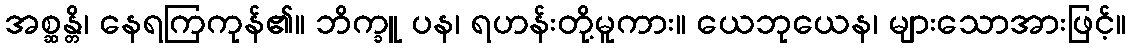
အစ္ဆန္တိ၊ နေရကြကုန်၏။ ဘိက္ခူ ပန၊ ရဟန်းတို့မူကား။ ယေဘုယေန၊ များသောအားဖြင့်။